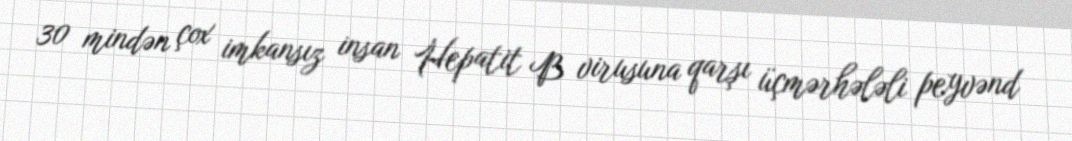
30 mindən çox imkansız insan Hepatit B virusuna qarşı üçmərhələli peyvənd